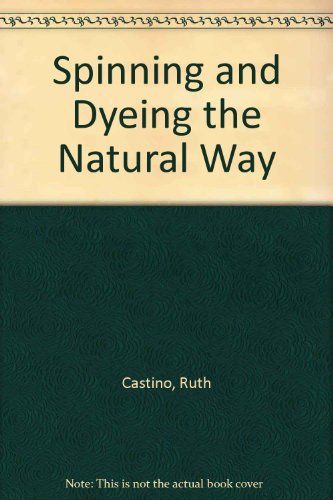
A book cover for Spinning & Dyeing the Natural Way; Ruth A. Castino; Crafts, Hobbies & Home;